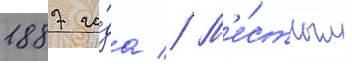
1887 го́да // М'е́стным